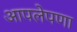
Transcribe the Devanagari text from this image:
आपलेपणा